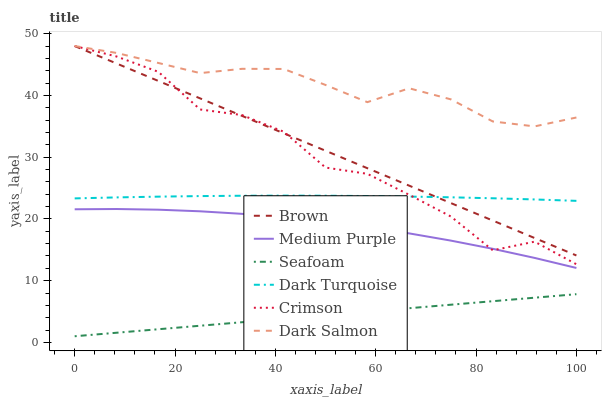
| xaxis_label | Brown | Medium Purple | Seafoam | Dark Turquoise | Crimson | Dark Salmon |
 | --- | --- | --- | --- | --- | --- | --- |
 | 0 | 48 | 21.6 | 1 | 23.3 | 48 | 48 |
 | 8.33 | 45.2 | 21.6 | 1.57 | 23.5 | 46.3 | 46.9 |
 | 16.7 | 42.3 | 21.5 | 2.14 | 23.6 | 43.8 | 45.3 |
 | 25 | 39.5 | 21.2 | 2.7 | 23.7 | 37.7 | 43.6 |
 | 33.3 | 36.7 | 20.8 | 3.27 | 23.8 | 36.8 | 44.3 |
 | 41.7 | 33.9 | 20.3 | 3.84 | 23.8 | 34.1 | 44.3 |
 | 50 | 31 | 19.5 | 4.41 | 23.8 | 28.3 | 41.7 |
 | 58.3 | 28.2 | 18.7 | 4.97 | 23.7 | 27.3 | 38.9 |
 | 66.7 | 25.4 | 17.7 | 5.54 | 23.6 | 23.9 | 41.2 |
 | 75 | 22.6 | 16.5 | 6.11 | 23.5 | 20.4 | 39.4 |
 | 83.3 | 19.7 | 15.2 | 6.68 | 23.3 | 14.9 | 35.8 |
 | 91.7 | 16.9 | 13.7 | 7.24 | 23.2 | 16.3 | 35 |
 | 100 | 14.1 | 12.1 | 7.81 | 22.9 | 12.7 | 36.4 |